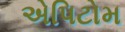
એપિટોમ